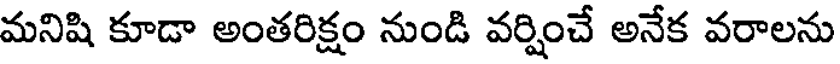
మనిషి కూడా అంతరిక్షం నుండి వర్షించే అనేక వరాలను